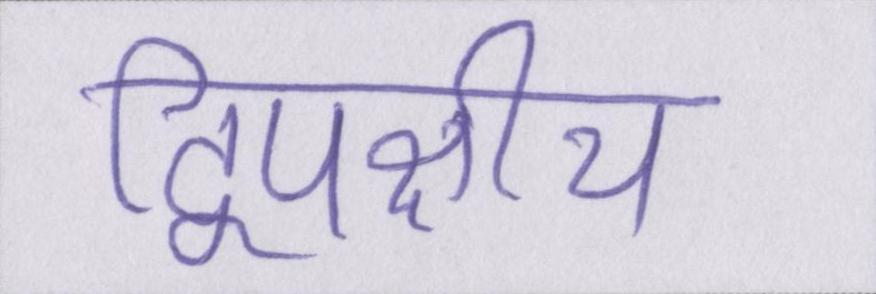
द्विपक्षीय